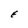
Character: E